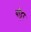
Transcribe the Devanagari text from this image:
पॉट्टर